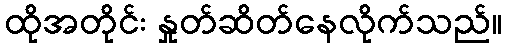
ထိုအတိုင်း နှုတ်ဆိတ်နေလိုက်သည်။